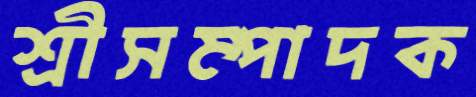
শ্রীসম্পাদক